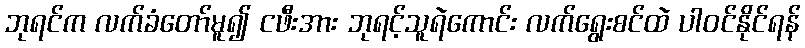
ဘုရင်က လက်ခံတော်မူ၍ ငဖီးအား ဘုရင့်သူရဲကောင်း လက်ရွေးစင်ထဲ ပါဝင်နိုင်ရန်